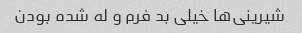
شیرینی‌ها خیلی بد فرم و له شده بودن